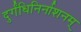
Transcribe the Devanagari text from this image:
दुर्गंधिनिर्नाशनम्